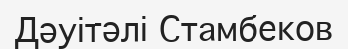
Дәуітәлі Стамбеков